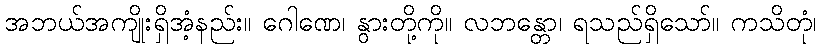
အဘယ်အကျိုးရှိအံ့နည်း။ ဂေါဏေ၊ နွားတို့ကို။ လဘန္တော၊ ရသည်ရှိသော်။ ကသိတုံ၊